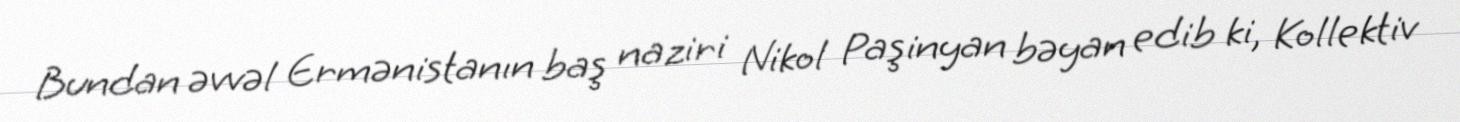
Bundan əvvəl Ermənistanın baş naziri Nikol Paşinyan bəyan edib ki, Kollektiv